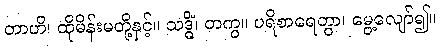
တာဟိ၊ ထိုမိန်းမတို့နှင့်။ သဒ္ဓိံ၊ တကွ။ ပရိစာရေတွာ၊ မွေ့လျော်၍။